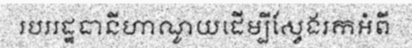
របររដ្ឋធានីហាណូយដើម្បីស្វែងរកអំពី